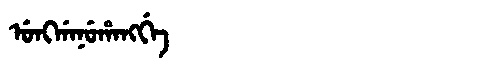
Manchu: ᡠᠩᡤᠠᠨᡠᡥᠠᠩᡤᡝ
Romanization: UNGGANUHANGGE